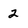
Character: 2